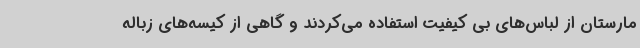
مارستان از لباس‌های بی کیفیت استفاده می‌کردند و گاهی از کیسه‌های زباله